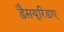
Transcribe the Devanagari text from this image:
डैसयूरिडाए